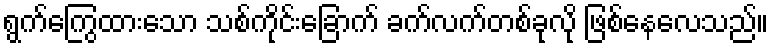
ရွက်ကြွေထားသော သစ်ကိုင်းခြောက် ခက်လက်တစ်ခုလို ဖြစ်နေလေသည်။